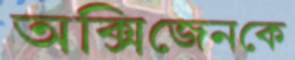
অক্সিজেনকে